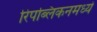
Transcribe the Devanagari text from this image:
रिपब्लिकनमध्ये